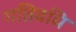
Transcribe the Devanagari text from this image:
गतिवधि